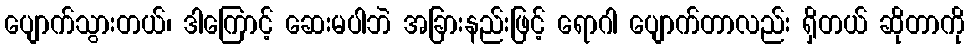
ပျောက်သွားတယ်၊ ဒါကြောင့် ဆေးမပါဘဲ အခြားနည်းဖြင့် ရောဂါ ပျောက်တာလည်း ရှိတယ် ဆိုတာကို